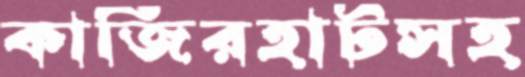
কাজিরহাটসহ